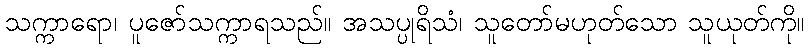
သက္ကာရော၊ ပူဇော်သက္ကာရသည်။ အသပ္ပုရိသံ၊ သူတော်မဟုတ်သော သူယုတ်ကို။